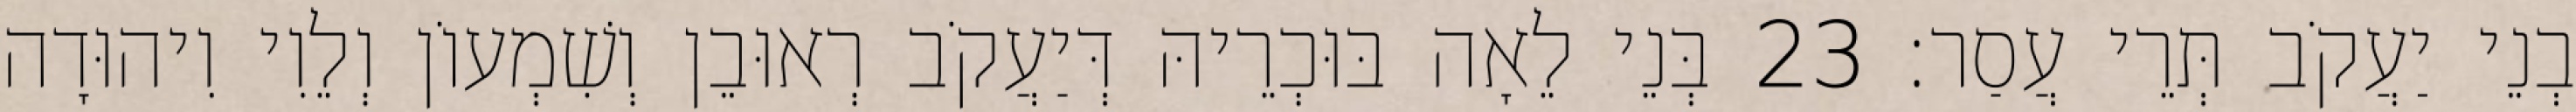
בְנֵי יַעֲקֹב תְּרֵי עֲסַר׃ 23 בְּנֵי לֵאָה בּוּכְרֵיהּ דְּיַעֲקֹב רְאוּבֵן וְשִׁמְעוֹן וְלֵוִי וִיהוּדָה